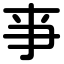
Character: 亊